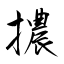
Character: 擃